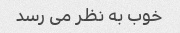
خوب به نظر می رسد